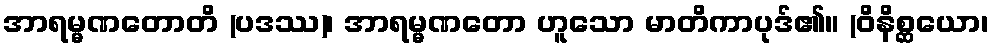
အာရမ္မဏတောတိ (ပဒဿ)၊ အာရမ္မဏတော ဟူသော မာတိကာပုဒ်၏။ (ဝိနိစ္ဆယော၊